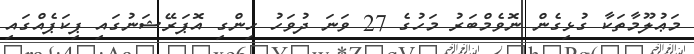
މަޢުލޫމާތަކާ ގުޅިގެން ނޮވެމްބަރު މަހުގެ 27 ވަނަ ދުވަހު ހިންގި އޮޮޕަރޭޝަނުގައި ޕިކަޕެއްގައި